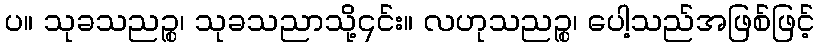
ပ။ သုခသညဉ္စ၊ သုခသညာသို့၎င်း။ လဟုသညဉ္စ၊ ပေါ့သည်အဖြစ်ဖြင့်